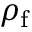
\rho _ { \mathrm { f } }